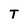
Character: T